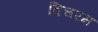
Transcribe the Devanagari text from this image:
विचरम